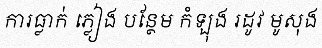
ការធ្លាក់ ភ្លៀង បន្ថែម កំឡុង រដូវ មូសុង